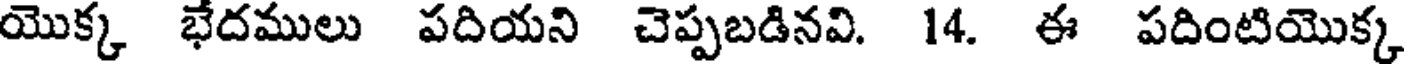
యొక్క భేదములు పదియని చెప్పబడినవి. 14. ఈ పదింటియొక్క